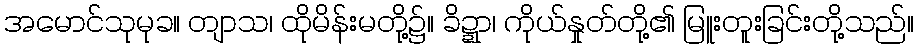
အမောင်သုမုခ။ တျာသ၊ ထိုမိန်းမတို့၌။ ခိဍ္ဍာ၊ ကိုယ်နှုတ်တို့၏ မြူးတူးခြင်းတို့သည်။